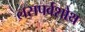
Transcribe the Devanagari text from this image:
लसपर्वशोथ